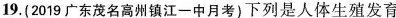
19.(2019广东茂名高州镇江一中月考)下列是人体生殖发育